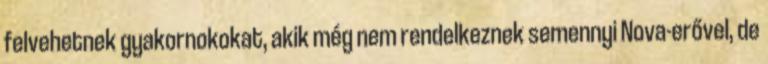
felvehetnek gyakornokokat, akik még nem rendelkeznek semennyi Nova-erővel, de